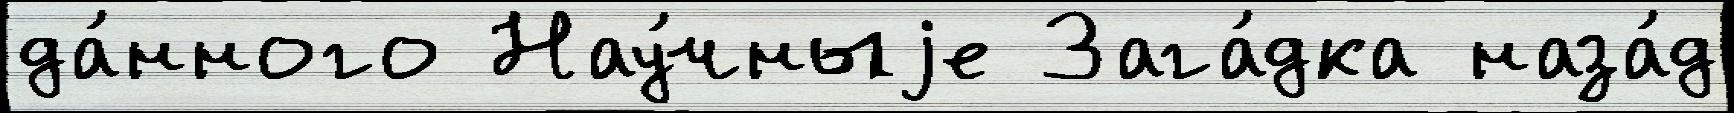
да́нного Нау́чныjе Зага́дка наза́д